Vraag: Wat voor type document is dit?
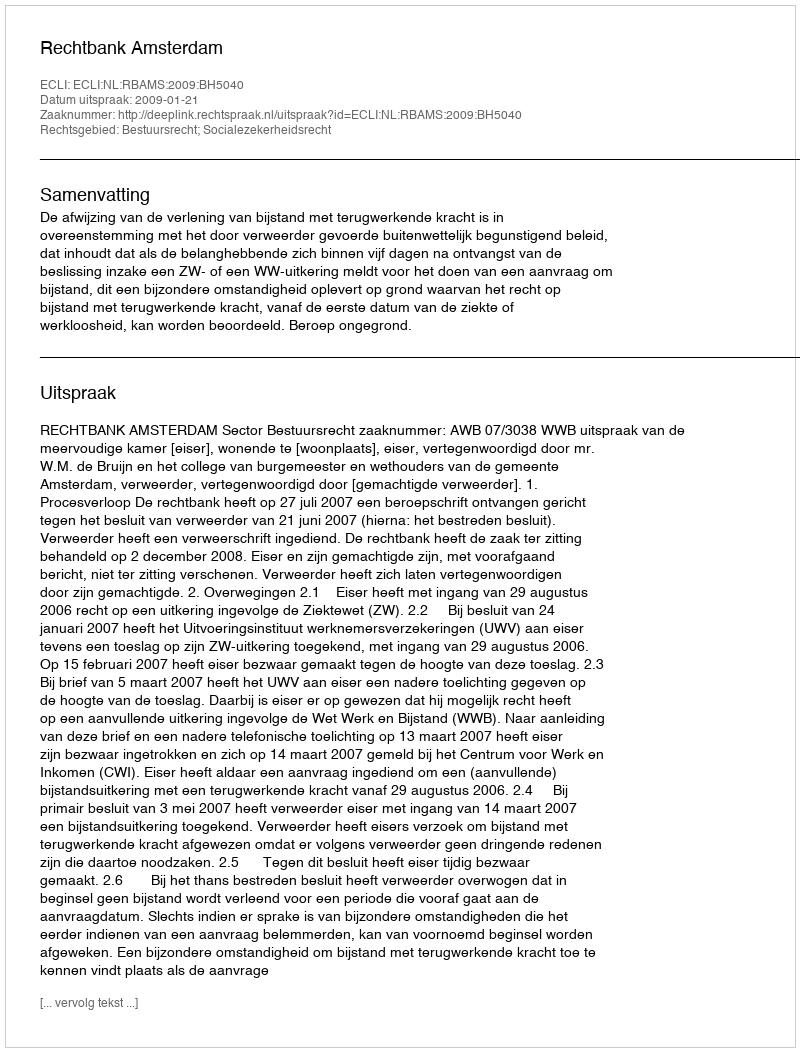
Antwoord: Uitspraak